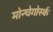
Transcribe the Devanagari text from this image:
मोन्चेगोर्स्क